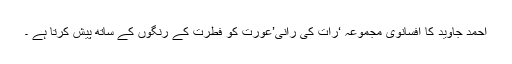
احمد جاوید کا افسانوی مجموعہ ‘رات کی رانی’عورت کو فطرت کے رنگوں کے ساتھ پیش کرتا ہے ۔